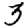
Digit: 3